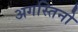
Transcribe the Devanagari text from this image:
अगस्तिनो